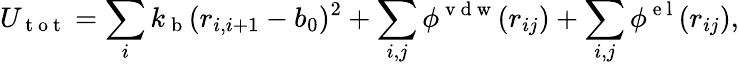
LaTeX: U_{\mathrm{~t~o~t~}}=\sum_{i}k_{\mathrm{~b~}}(r_{i,i+1}-b_{0})^{2}+\sum_{i,j}\phi^{\mathrm{~v~d~w~}}(r_{ij})+\sum_{i,j}\phi^{\mathrm{~e~l~}}(r_{ij}),